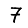
Digit: 7